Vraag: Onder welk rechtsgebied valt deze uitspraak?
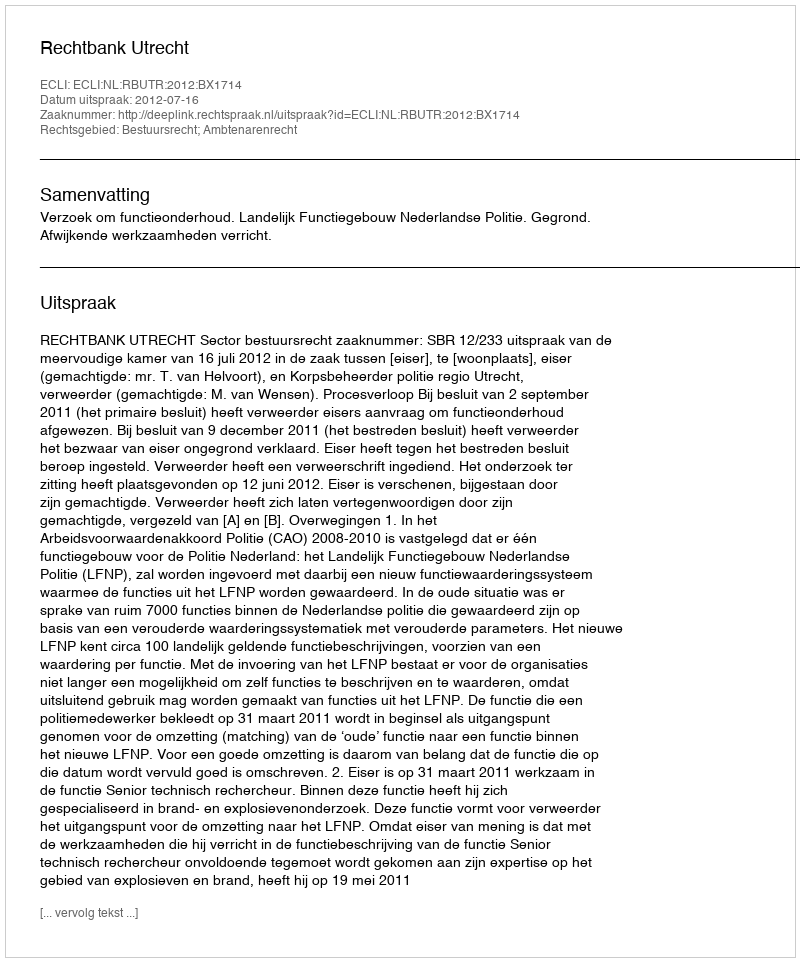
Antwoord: Bestuursrecht; Ambtenarenrecht